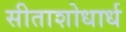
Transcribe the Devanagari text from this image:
सीताशोधार्ध